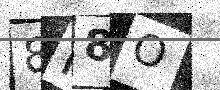
Text: 8H8O